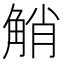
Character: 𧣪